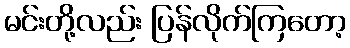
မင်းတို့လည်း ပြန်လိုက်ကြတော့